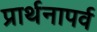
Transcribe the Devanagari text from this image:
प्रार्थनापर्व